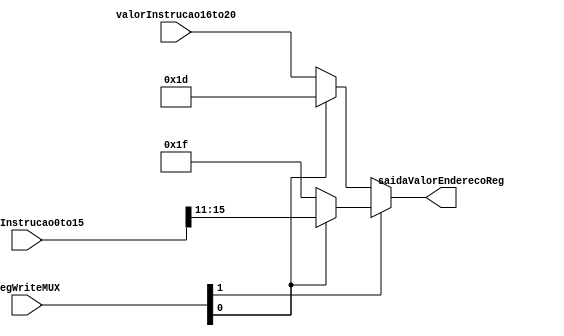
module MuxEscritaEnderecoReg (
  input  wire [1:0]     RegWriteMUX,
  input  wire [4:0]     valorInstrucao16to20,
  input  wire [15:0]    valorInstrucao0to15,

  output reg [4:0] saidaValorEnderecoReg
);
  parameter valor29 = 5'b11101; // 29 em decimal
  parameter valor31 = 5'b11111; // 31 em decimal

  always @(*) begin
    saidaValorEnderecoReg = ((RegWriteMUX[1])
      ? ((RegWriteMUX[0]) ? valorInstrucao0to15[15:11] : valor31)
      : ((RegWriteMUX[0]) ? valor29 : valorInstrucao16to20)
    );
  end
endmodule

// 00 => intruo[20:16]
// 01 => 29
// 10 => 31
// 11 => intruo[15:11]